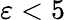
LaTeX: \varepsilon<5